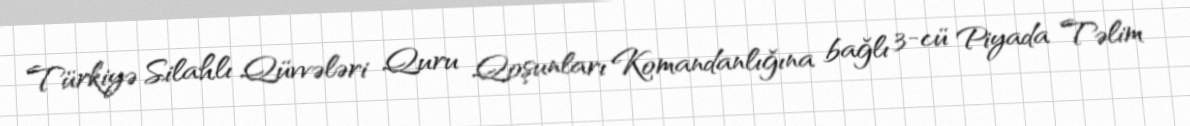
Türkiyə Silahlı Qüvvələri Quru Qoşunları Komandanlığına bağlı 3-cü Piyada Təlim